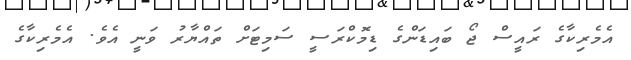
އެމެރިކާގެ ރައީސް ޖޯ ބައިޑަންގެ ޑިމޮކްރަސީ ސަމިޓަށް ތައްޔާރު ވަނީ އެވެެ. އެމެރިކާގެ